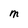
Character: M